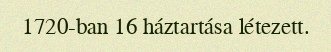
1720-ban 16 háztartása létezett.